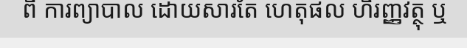
ពី ការព្យាបាល ដោយសារតែ ហេតុផល ហិរញ្ញវត្ថុ ឬ